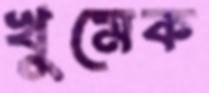
খুমেক